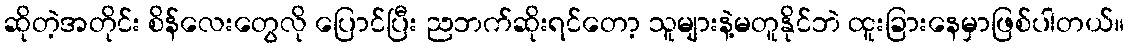
ဆိုတဲ့အတိုင်း စိန်လေးတွေလို ပြောင်ပြီး ညဘက်ဆိုးရင်တော့ သူများနဲ့မတူနိုင်ဘဲ ထူးခြားနေမှာဖြစ်ပါတယ်။